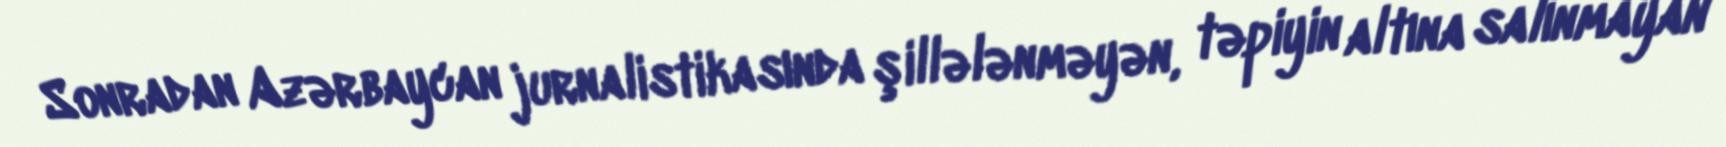
Sonradan Azərbaycan jurnalistikasında şillələnməyən, təpiyin altına salınmayan